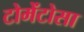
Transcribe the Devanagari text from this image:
टोमेंटोसा